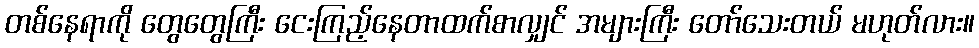
တစ်နေရာကို တွေတွေကြီး ငေးကြည့်နေတာထက်စာလျှင် အများကြီး တော်သေးတယ် မဟုတ်လား။